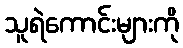
သူရဲကောင်းများကို